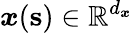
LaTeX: \boldsymbol{x}(\mathbf{s})\in\mathbb{R}^{d_{\boldsymbol{x}}}